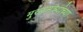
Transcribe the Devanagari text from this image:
मुख्यमंत्र्यांच्‍या